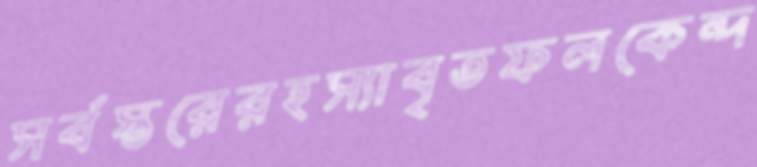
সর্বস্তরেরহস্যাবৃতফলকেন্দ